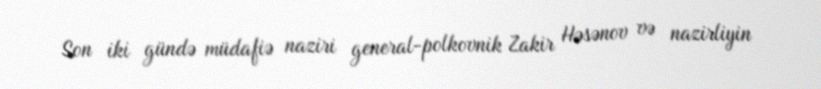
Son iki gündə müdafiə naziri general-polkovnik Zakir Həsənov və nazirliyin